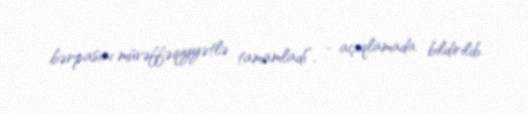
bərpasını müvəffəqiyyətlə tamamladı”, - açıqlamada bildirilib.